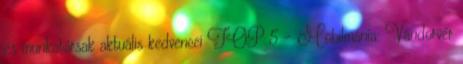
és munkatársak aktuális kedvencei TOP 5 - Mobilmánia: Vándorvér